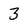
Character: 3